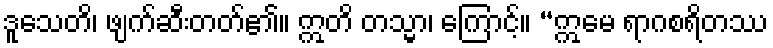
ဒူသေတိ၊ ဖျက်ဆီးတတ်၏။ ဣတိ တသ္မာ၊ ကြောင့်။ “ဣမေ ရာဂစရိတဿ